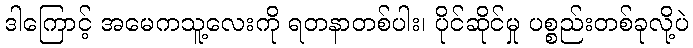
ဒါကြောင့် အမေကသူ့လေးကို ရတနာတစ်ပါး၊ ပိုင်ဆိုင်မှု ပစ္စည်းတစ်ခုလို့ပဲ